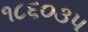
૧૮૬૦૩૫